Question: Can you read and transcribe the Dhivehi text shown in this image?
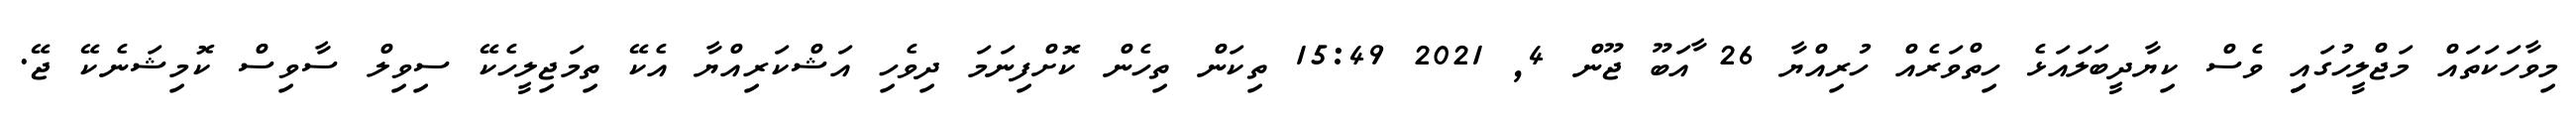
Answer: މިވާހަކަތައް މަޖްލީހުގައިި ވެސް ކިޔާދީބަލައަޅެ ހިތްވަރެއް ހުރިއްޔާ 26 ާއަބޫ ޖޫން 4, 2021 15:49 ތިކަން ތިހެން ކޮށްފިނަމަ ދިވެހި އަޝްކަރިއްޔާ އެކޭ ތިމަޖިލީހެކޭ ސިވިލް ސާވިސް ކޮމިޝަނެކޭ ޖޭ.